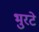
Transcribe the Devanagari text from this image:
भुरटे